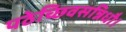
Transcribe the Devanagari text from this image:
पठेच्छिवसन्निधौ।